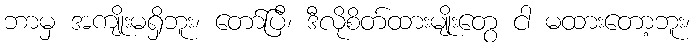
ဘာမှ အကျိုးမရှိဘူး၊ တော်ပြီ၊ ဒီလိုစိတ်ထားမျိုးတွေ ငါ မထားတော့ဘူး၊